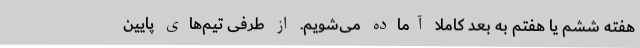
هفته ششم یا هفتم به بعد کاملا آماده می‌شویم. از طرفی تیم‌های پایین